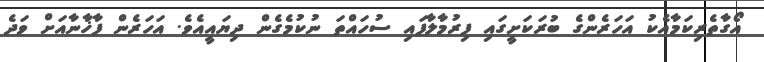
އޯގާތެރިކަމާއެކު އަހަރެންގެ ބުރަކަށީގައި ފިރުމާލާފައި ސުހައްތަ ނުކުމެގެން ދިޔައީއެވެ. އަހަރެން ފާޚާނާއަށް ވަދެ